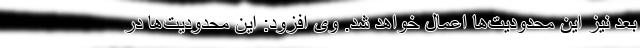
بعد نیز این محدودیت‌ها اعمال خواهد شد. وی افزود: این محدودیت‌ها در